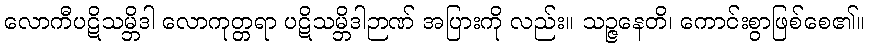
လောကီပဋိသမ္ဘိဒါ လောကုတ္တရာ ပဋိသမ္ဘိဒါဉာဏ် အပြားကို လည်း။ သဉ္ဇနေတိ၊ ကောင်းစွာဖြစ်စေ၏။